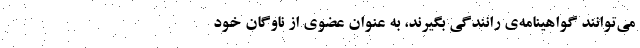
می‌توانند گواهینامه‌ی رانندگی بگیرند، به عنوان عضوی از ناوگان خود